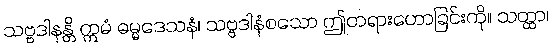
သဗ္ဗဒါနန္တိ ဣမံ ဓမ္မဒေသနံ၊ သဗ္ဗဒါနံစသော ဤတရားဟောခြင်းကို။ သတ္ထာ၊